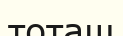
тоташ